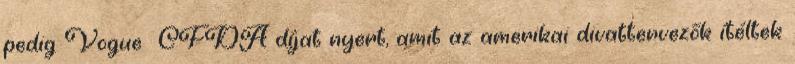
pedig Vogue CFDA díjat nyert, amit az amerikai divattervezők ítéltek